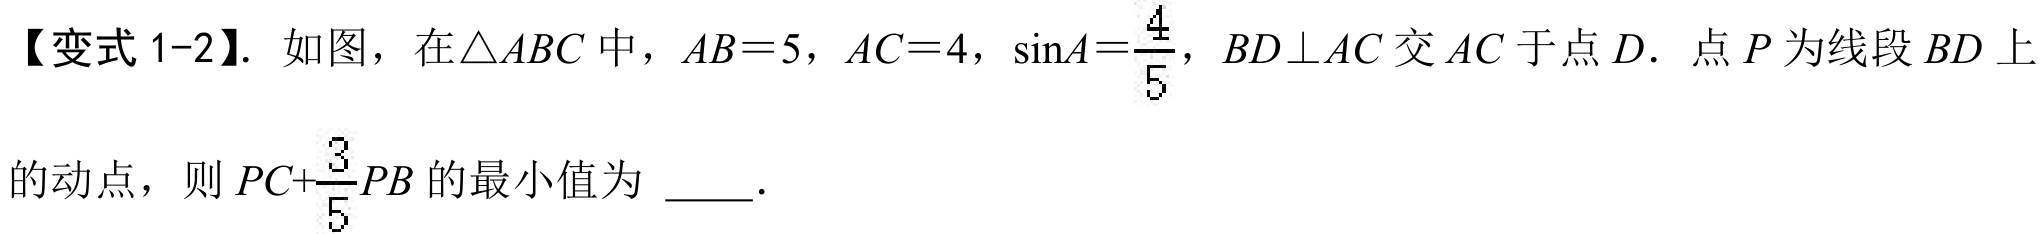
【变式 1-2】. 如图，在\(\triangle ABC\)中，\(AB = 5\)，\(AC = 4\)，\(\sin A=\dfrac{4}{5}\)，\(BD\perp AC\)交\(AC\)于点\(D\). 点\(P\)为线段\(BD\)上的动点，则 \(PC+\dfrac{3}{5}PB\)的最小值为 \(\underline{\quad\quad}\).